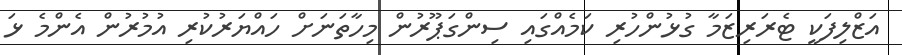
އަޒްލިފަކީ ޓެރަރިޒަމާ ގުޅުންހުރި ކަމެއްގައި ސިންގަޕޫރުން މިހާތަނަށް ހައްޔަރުކުރި އުމުރުން އެންމެ ޅަ